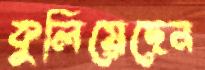
কুলিয়েছেন